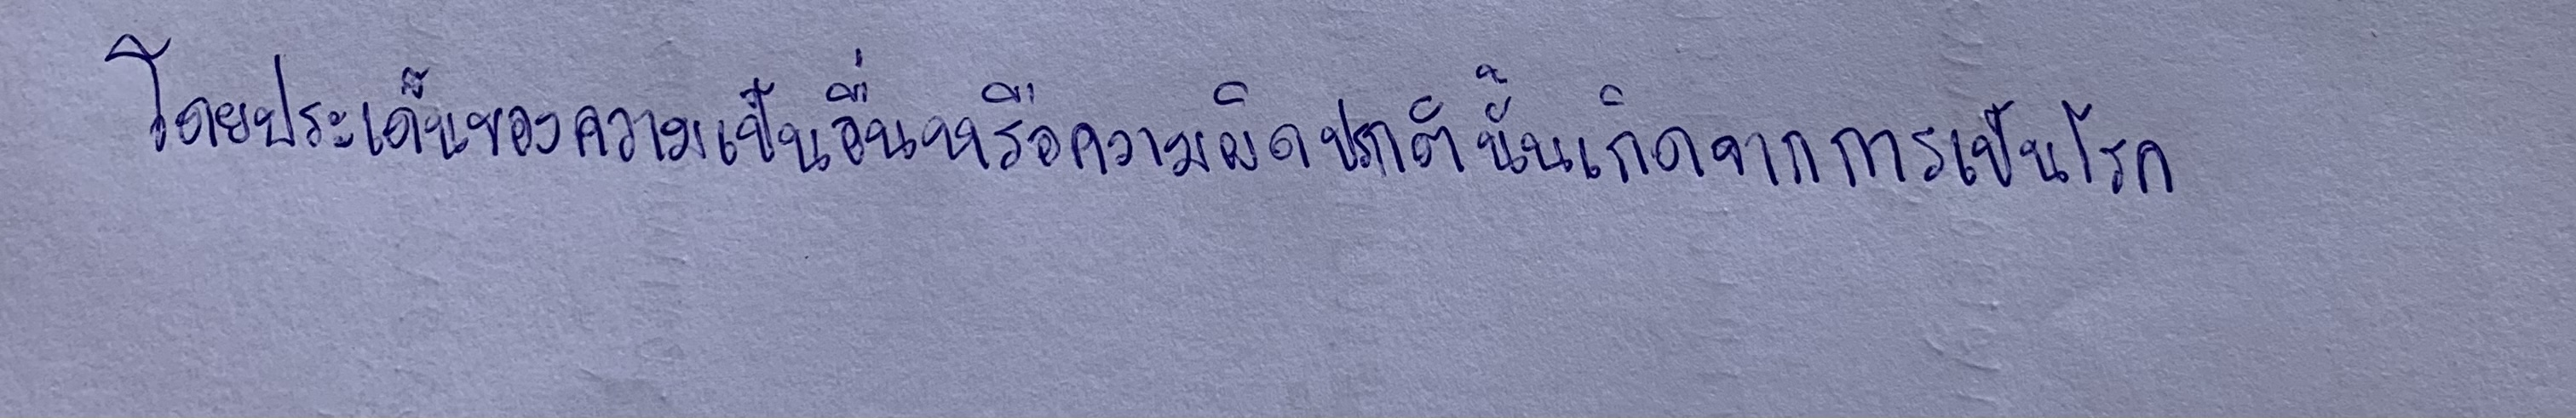
โดยประเด็นของความเป็นอื่นหรือความผิดปรกตินั้นเกิดจากการเป็นโรค